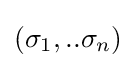
(\sigma _{1},..\sigma _{n})